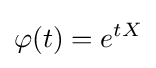
\varphi (t)=e^{tX}